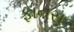
ફાનસ